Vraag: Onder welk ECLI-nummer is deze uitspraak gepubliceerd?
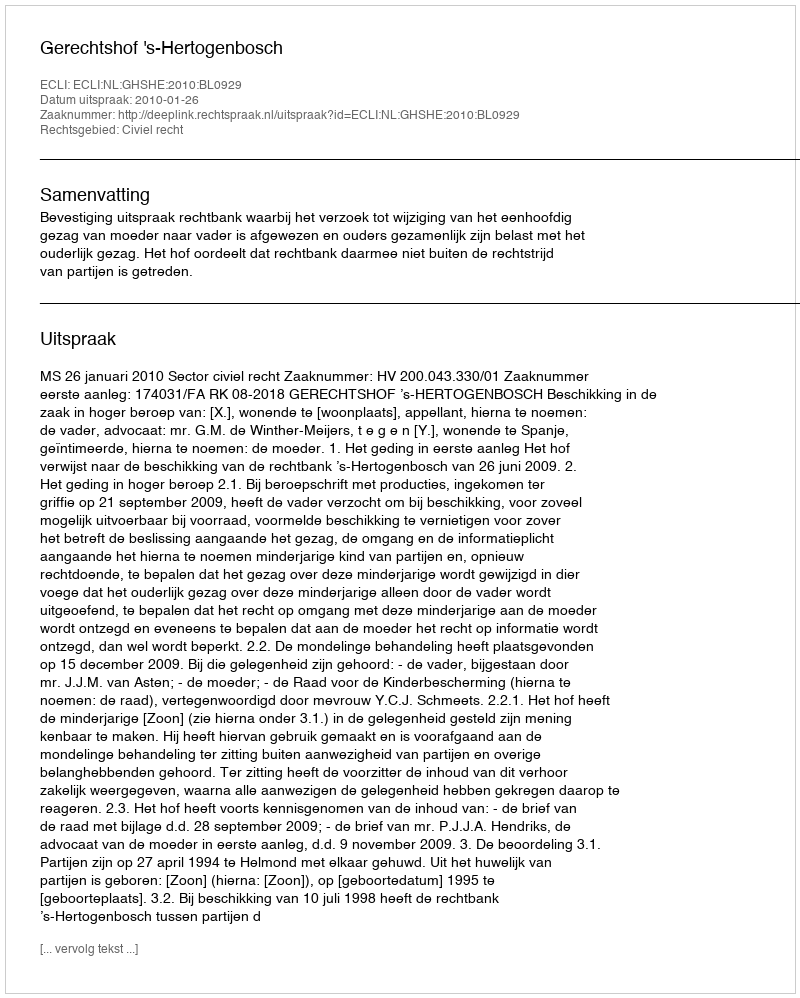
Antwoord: ECLI:NL:GHSHE:2010:BL0929